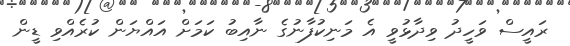
ރައީސް ވަހީދު ވިދާޅުވީ އެ މަނިކުފާނުގެ ނާއިބު ކަމަށް އައްޔަން ކުރެއްވި ޑީން